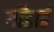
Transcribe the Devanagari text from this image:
गॉडार्ड